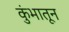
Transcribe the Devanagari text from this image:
कुंभातून